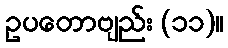
ဥပတောဗျည်း (၁၁)။